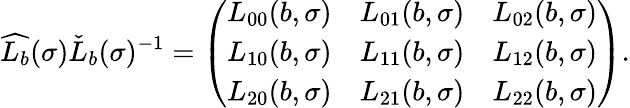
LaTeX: \widehat{L_{b}}(\sigma)\check{L}_{b}(\sigma)^{-1}=\left(\begin{array}{lll}{L_{00}(b,\sigma)}&{L_{01}(b,\sigma)}&{L_{02}(b,\sigma)}\\ {L_{10}(b,\sigma)}&{L_{11}(b,\sigma)}&{L_{12}(b,\sigma)}\\ {L_{20}(b,\sigma)}&{L_{21}(b,\sigma)}&{L_{22}(b,\sigma)}\end{array}\right).